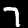
Label: 7